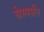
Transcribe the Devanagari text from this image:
येस्पर्सन